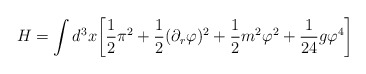
\begin{align*}H=\int d^3x\biggl[\frac{1}{2}\pi^2+\frac{1}{2}(\partial_r \varphi)^2+\frac{1}{2}m^2\varphi^2+\frac{1}{24}g\varphi^{4}\biggr]\end{align*}